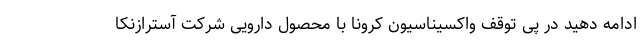
ادامه دهید در پی توقف واکسیناسیون کرونا با محصول دارویی شرکت آسترازنکا